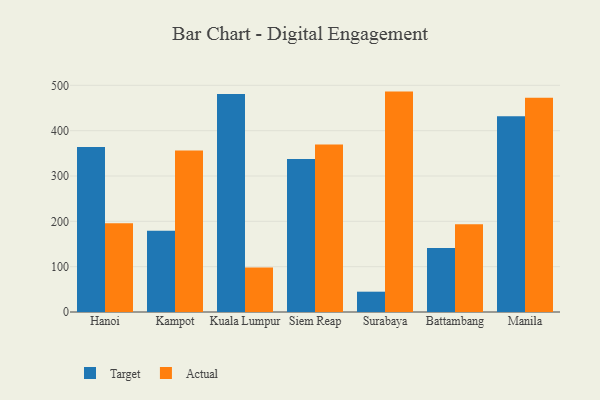
{"axis": {"x": "City", "y": "Headcount"}, "legend": ["Actual", "Target"], "data": [{"x": "Hanoi", "y": 363.8, "type": "Target"}, {"x": "Hanoi", "y": 195.7, "type": "Actual"}, {"x": "Kampot", "y": 179.1, "type": "Target"}, {"x": "Kampot", "y": 356.0, "type": "Actual"}, {"x": "Kuala Lumpur", "y": 480.7, "type": "Target"}, {"x": "Kuala Lumpur", "y": 98.3, "type": "Actual"}, {"x": "Siem Reap", "y": 337.4, "type": "Target"}, {"x": "Siem Reap", "y": 369.7, "type": "Actual"}, {"x": "Surabaya", "y": 44.8, "type": "Target"}, {"x": "Surabaya", "y": 486.2, "type": "Actual"}, {"x": "Battambang", "y": 141.1, "type": "Target"}, {"x": "Battambang", "y": 193.7, "type": "Actual"}, {"x": "Manila", "y": 431.8, "type": "Target"}, {"x": "Manila", "y": 472.4, "type": "Actual"}]}